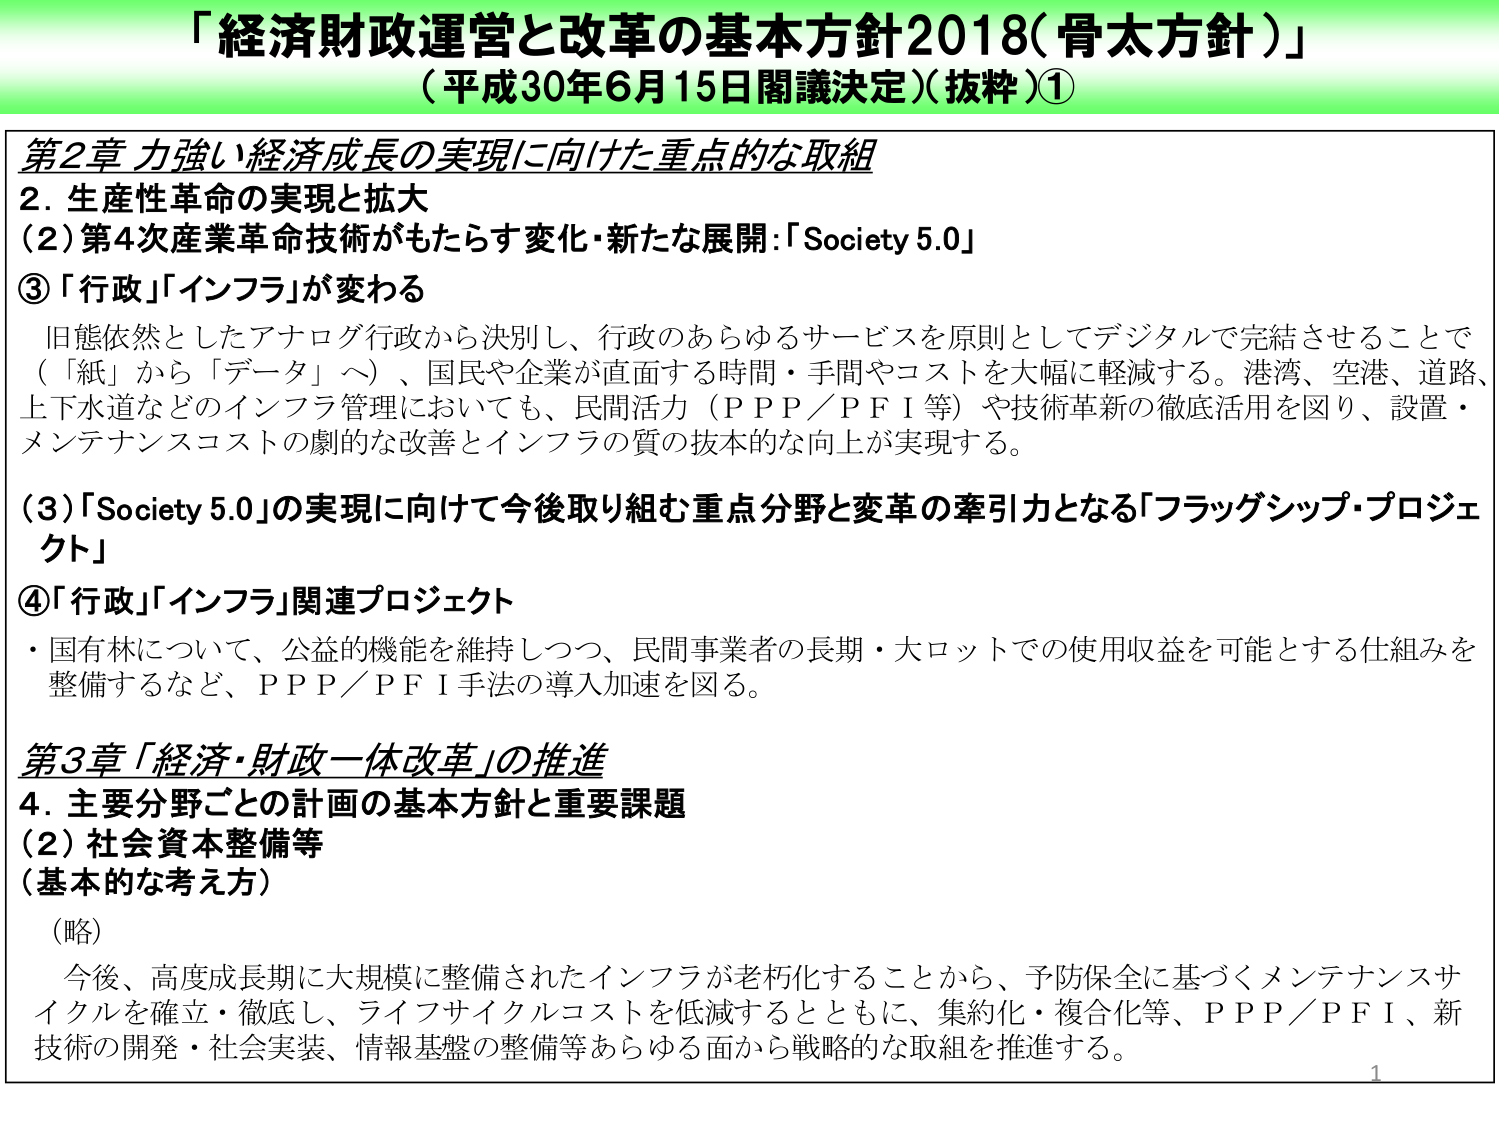
「経済財政運営と改革の基本方針2018（骨太方針）」
（平成30年6月15日閣議決定）（抜粋）①

第2章 力強い経済成長の実現に向けた重点的な取組
2. 生産性革命の実現と拡大
（2）第4次産業革命技術がもたらす変化・新たな展開：「Society 5.0」
③「行政」「インフラ」が変わる
旧態依然としたアナログ行政から決別し、行政のあらゆるサービスを原則としてデジタルで完結させることで
（「紙」から「データ」へ）、国民や企業が直面する時間・手間やコストを大幅に軽減する。港湾、空港、道路、
上下水道などのインフラ管理においても、民間活力（ＰＰＰ／ＰＦＩ等）や技術革新の徹底活用を図り、設置・
メンテナンスコストの劇的な改善とインフラの質の抜本的な向上が実現する。

（3）「Society 5.0」の実現に向けて今後取り組む重点分野と変革の牽引力となる「フラッグシップ・プロジェクト」
④「行政」「インフラ」関連プロジェクト
・国有林について、公益的機能を維持しつつ、民間事業者の長期・大ロットでの使用収益を可能とする仕組みを
整備するなど、ＰＰＰ／ＰＦＩ手法の導入加速を図る。

第3章「経済・財政一体改革」の推進
4. 主要分野ごとの計画の基本方針と重要課題
（2）社会資本整備等
（基本的な考え方）
（略）
今後、高度成長期に大規模に整備されたインフラが老朽化することから、予防保全に基づくメンテナンスサイクルを確立・徹底し、ライフサイクルコストを低減するとともに、集約化・複合化等、ＰＰＰ／ＰＦＩ、新
技術の開発・社会実装、情報基盤の整備等あらゆる面から戦略的な取組を推進する。

1